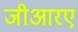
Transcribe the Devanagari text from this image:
जीआरए